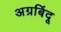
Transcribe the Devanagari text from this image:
अग्रबिंदू